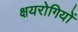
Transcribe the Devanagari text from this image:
क्षयरोगियों